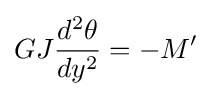
GJ{\frac {d^{2}\theta }{dy^{2}}}=-M'